Dysentery and liver abscess in Bombay - Number 47
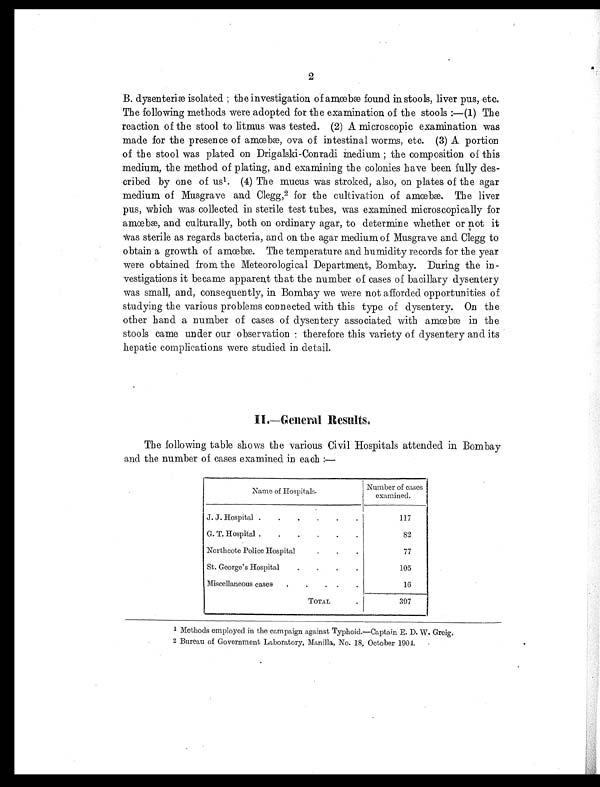
2
B. dysenteriæ isolated ; the investigation of amœbæ found in stools, liver pus, etc.
The following methods were adopted for the examination of the stools :—(1) The
reaction of the stool to litmus was tested. (2) A microscopic examination was
made for the presence of amœbæ, ova of intestinal worms, etc. (3) A portion
of the stool was plated on Drigalski-Conradi medium ; the composition of this
medium, the method of plating, and examining the colonies have been fully des-
cribed by one of us1. (4) The mucus was stroked, also, on plates of the agar
medium of Musgrave and Clegg,2 for the cultivation of amœbæ. The liver
pus, which was collected in sterile test tubes, was examined microscopically for
amœbæ, and culturally, both on ordinary agar, to determine whether or not it
was sterile as regards bacteria, and on the agar medium of Musgrave and Clegg to
obtain a growth of amœbæ. The temperature and humidity records for the year
were obtained from the Meteorological Department, Bombay. During the in-
vestigations it became apparent that the number of cases of bacillary dysentery
was small, and, consequently, in Bombay we were not afforded opportunities of
studying the various problems connected with this type of dysentery. On the
other hand a number of cases of dysentery associated with amœbæ in the
stools came under our observation : therefore this variety of dysentery and its
hepatic complications were studied in detail.
II.—General Results.
The following table shows the various Civil Hospitals attended in Bombay
and the number of cases examined in each :—
Name of Hospitals.
Number of cases
examined.
J. J. Hospital .
.
.
.
.
.
117
G. T. Hospital .
.
.
.
.
.
82
Northcote Police Hospital
.
.
.
77
St. George's Hospital
.
. .
.
105
Miscellaneous cases
.
.
. .
.
16
TOTAL
.
397
1 Methods employed in the campaign against Typhoid.—Captain E. D. W. Greig.
2 Bureau of Government Laboratory, Manilla, No. 18, October 1904.